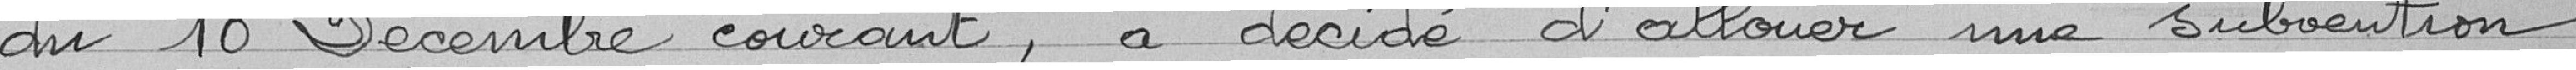
du 10 Décembre courant, a décidé d'allouer une subvention